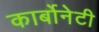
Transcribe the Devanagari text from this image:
कार्बोनेटी